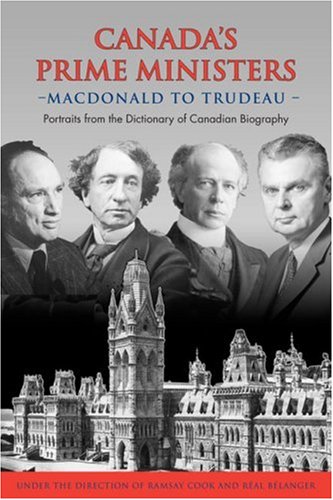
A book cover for Canada's Prime Ministers: Macdonald to Trudeau - Portraits from the Dictionary of Canadian Biography; Biographies & Memoirs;